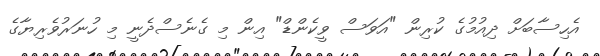
އެހިސާބަށް ދިއުމުގެ ކުރިން "އަވަސް ވީކެންޑް" އިން މި ގެނެސްދެނީ މި ހުނަރުވެރިޔާގެ